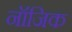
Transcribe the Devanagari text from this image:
नॉजिक